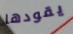
يقودها